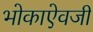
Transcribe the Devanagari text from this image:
भोकाऐवजी